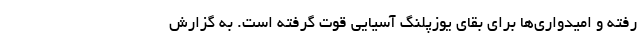
رفته و امیدواری‌ها برای بقای یوزپلنگ آسیایی قوت گرفته است. به گزارش